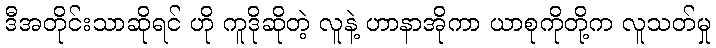
ဒီအတိုင်းသာဆိုရင် ဟို ကူဒိုဆိုတဲ့ လူနဲ့ ဟာနာအိုကာ ယာစုကိုတို့က လူသတ်မှု